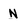
Character: N